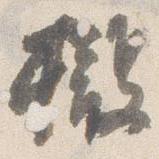
擬